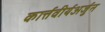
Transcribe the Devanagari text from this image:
कार्त्तवीर्यअर्जुन